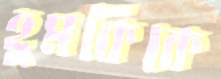
হুমকিকে